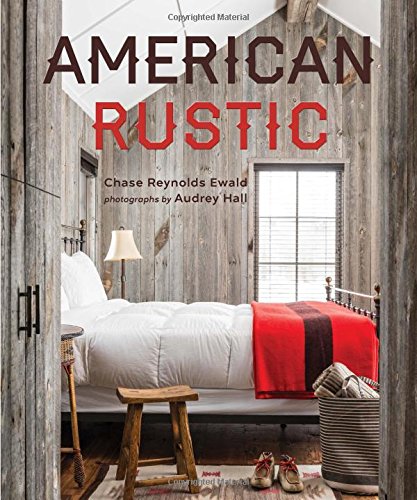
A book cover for American Rustic; Chase Reynolds Ewald; Crafts, Hobbies & Home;